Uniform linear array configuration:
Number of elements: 16
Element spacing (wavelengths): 0.25
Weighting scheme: hann
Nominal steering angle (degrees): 45
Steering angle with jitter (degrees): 45.056
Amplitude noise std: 0.05
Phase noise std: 0.05

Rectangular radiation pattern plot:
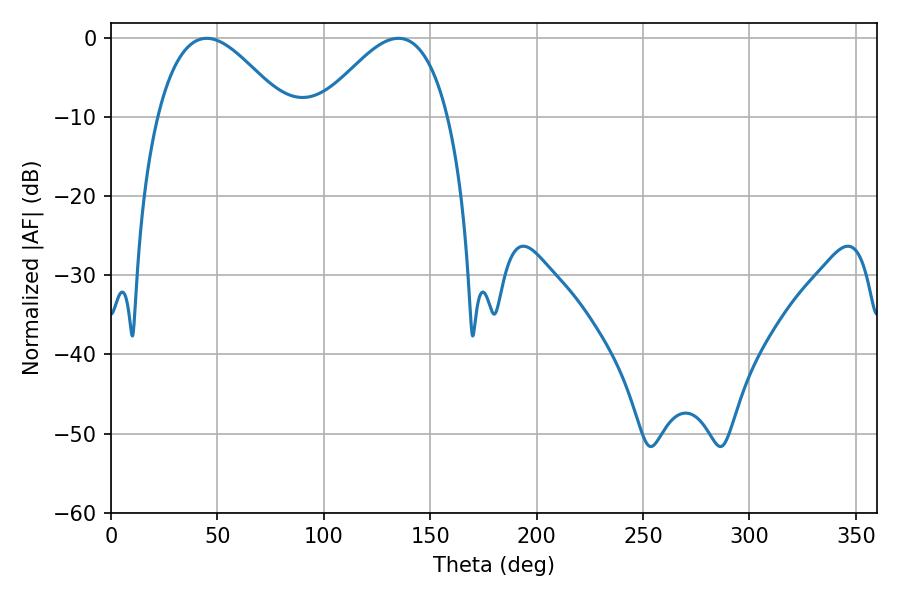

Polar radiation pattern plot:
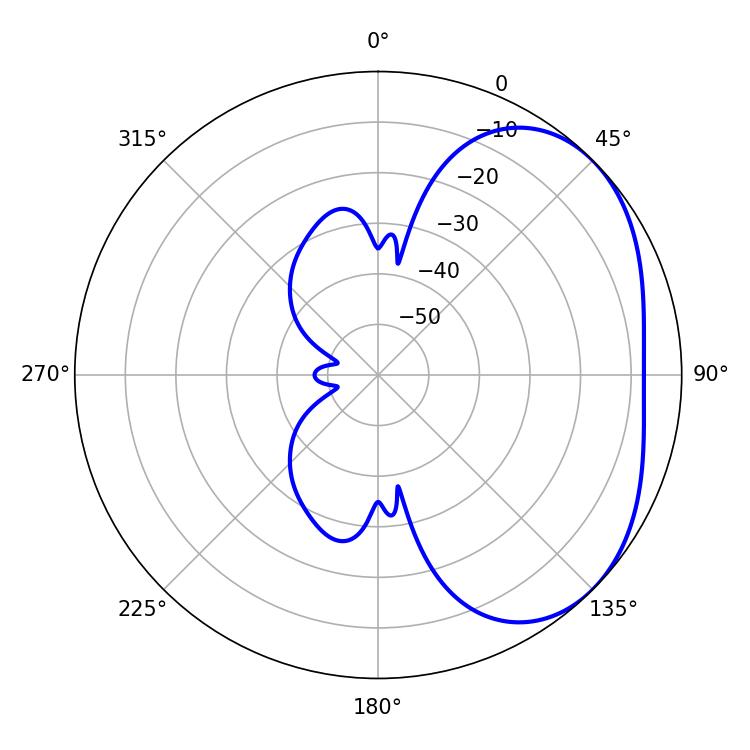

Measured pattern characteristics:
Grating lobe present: FALSE
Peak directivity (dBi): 3.231
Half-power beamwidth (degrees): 32.58
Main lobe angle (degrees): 45